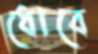
ধোবে